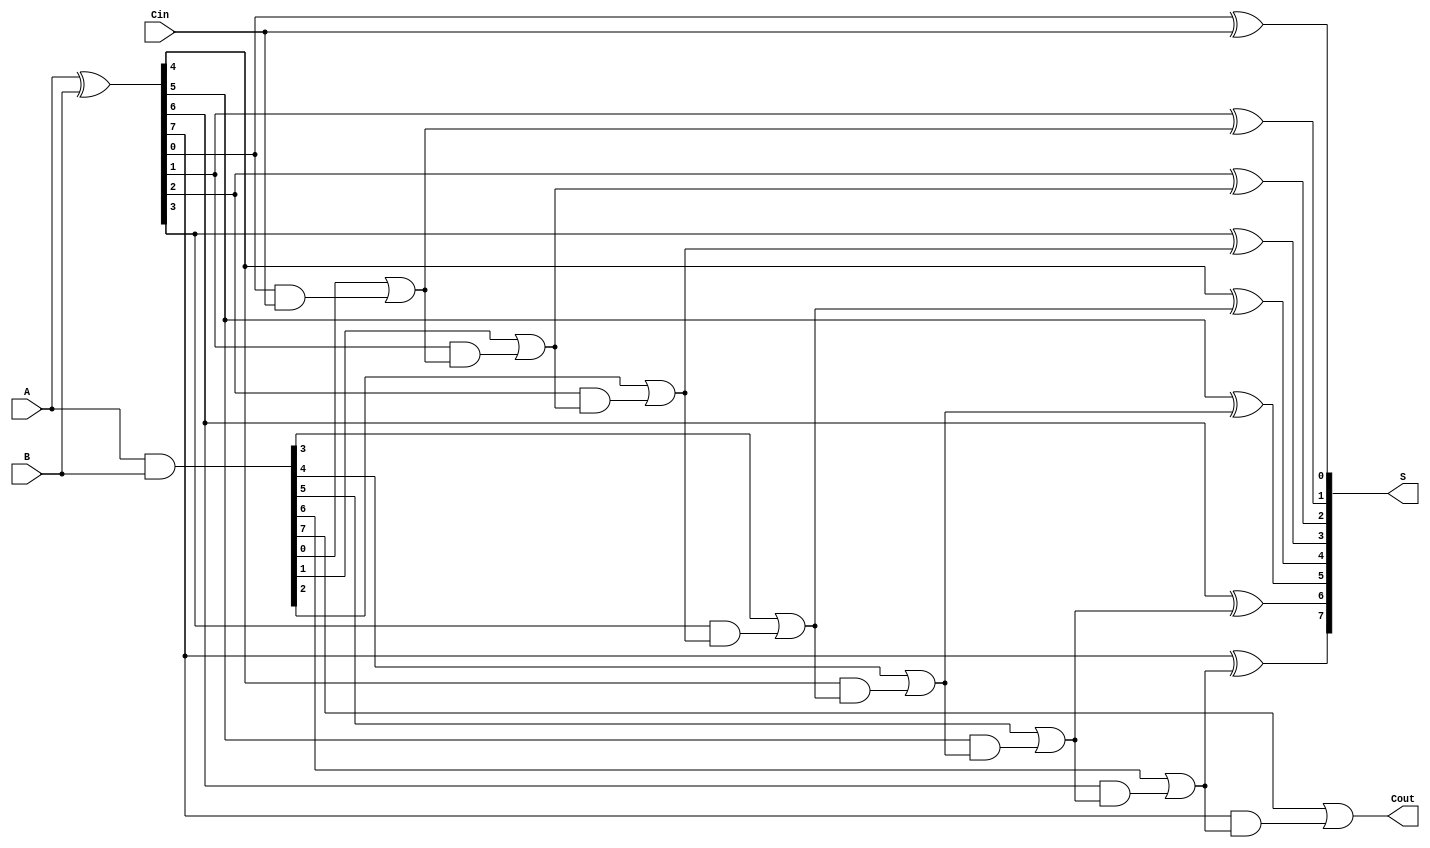
module KoggeStoneAdder #(parameter n = 8) (
    input [n-1:0] A,
    input [n-1:0] B,
    input Cin,
    output [n-1:0] S,
    output Cout
);

    // Generate and Propagate signals
    wire [n-1:0] P; // Propagate
    wire [n-1:0] G; // Generate
    wire [n:0] C;   // Carry signals

    // Initial Propagate and Generate calculations
    assign P = A ^ B; // P[i] = A[i] XOR B[i]
    assign G = A & B; // G[i] = A[i] AND B[i]

    // Carry signals initialization
    assign C[0] = Cin; // C[0] = Cin

    // Stage 0: Direct carry computation
    genvar i;
    generate
        for (i = 0; i < n; i = i + 1) begin : carry_stage0
            assign C[i + 1] = G[i] | (P[i] & C[i]);
        end
    endgenerate

    // Stage 1 and beyond: Kogge-Stone carry generation
    // This will create a tree structure for carry propagation
    generate
        for (i = 0; i < n; i = i + 1) begin : carry_stages
            if (i > 0) begin
                assign C[i + 1] = G[i] | (P[i] & C[i]);
            end
        end
    endgenerate

    // Final Sum Calculation
    generate
        for (i = 0; i < n; i = i + 1) begin : sum_calculation
            assign S[i] = P[i] ^ C[i]; // S[i] = P[i] XOR C[i]
        end
    endgenerate

    // Carry out
    assign Cout = C[n];

endmodule